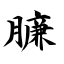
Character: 臁